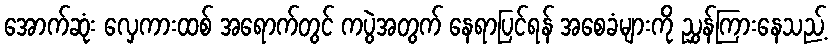
အောက်ဆုံး လှေကားထစ် အရောက်တွင် ကပွဲအတွက် နေရာပြင်ရန် အစေခံများကို ညွှန်ကြားနေသည့်